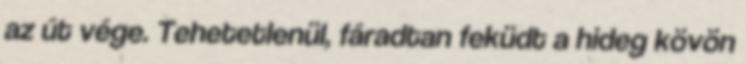
az út vége. Tehetetlenül, fáradtan feküdt a hideg kövön